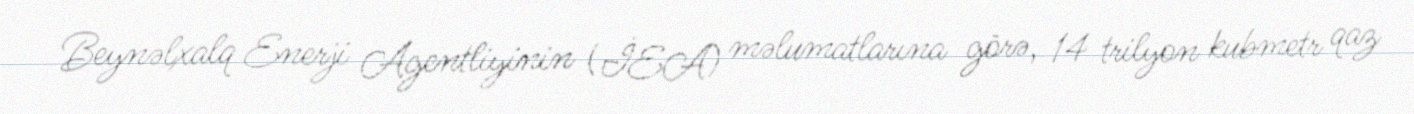
Beynəlxalq Enerji Agentliyinin (İEA) məlumatlarına görə, 14 trilyon kubmetr qaz